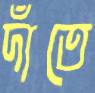
দাঁতে